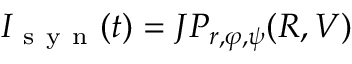
I _ { \mathrm { ~ s ~ y ~ n ~ } } ( t ) = J P _ { r , \varphi , \psi } ( R , V )